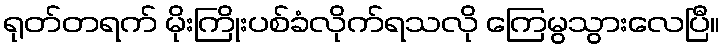
ရုတ်တရက် မိုးကြိုးပစ်ခံလိုက်ရသလို ကြေမွသွားလေပြီ။